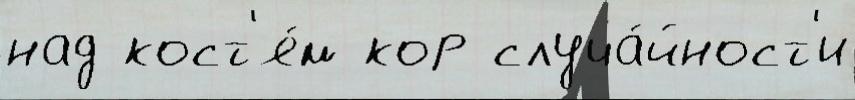
над кост'я́м кор случа́йност'и